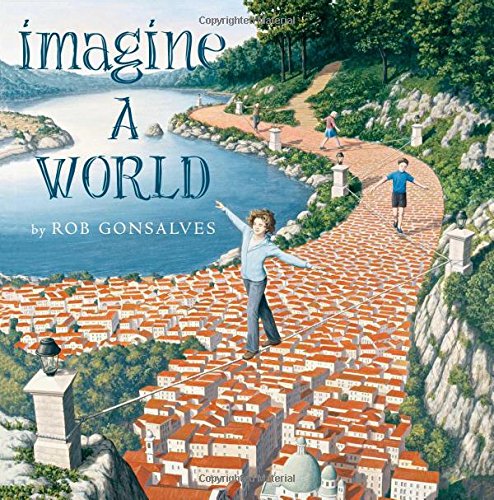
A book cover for Imagine a World; Rob Gonsalves; Children's Books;